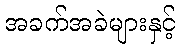
အခက်အခဲများနှင့်